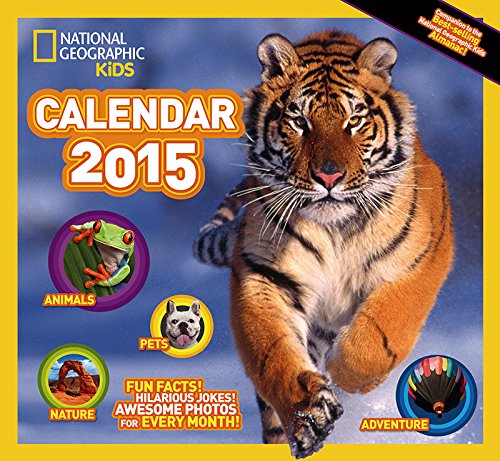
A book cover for Kids' Almanac Calendar 2015; Zebra Publishing Corp.; Calendars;